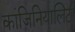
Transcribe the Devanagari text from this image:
कांजिनियालिटी